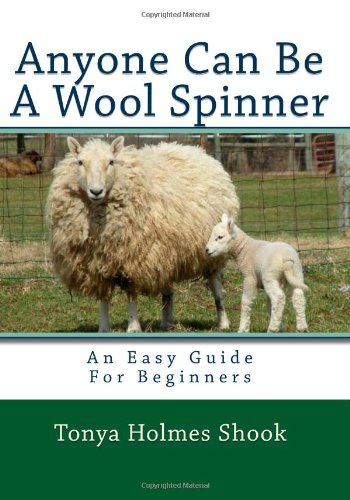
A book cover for Anyone Can Be A Wool Spinner: An Easy Guide For Beginners; Tonya Holmes Shook; Crafts, Hobbies & Home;